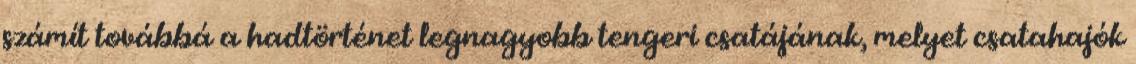
számít továbbá a hadtörténet legnagyobb tengeri csatájának, melyet csatahajók